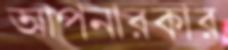
আপনারকার